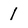
Character: 1